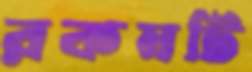
রকমটি